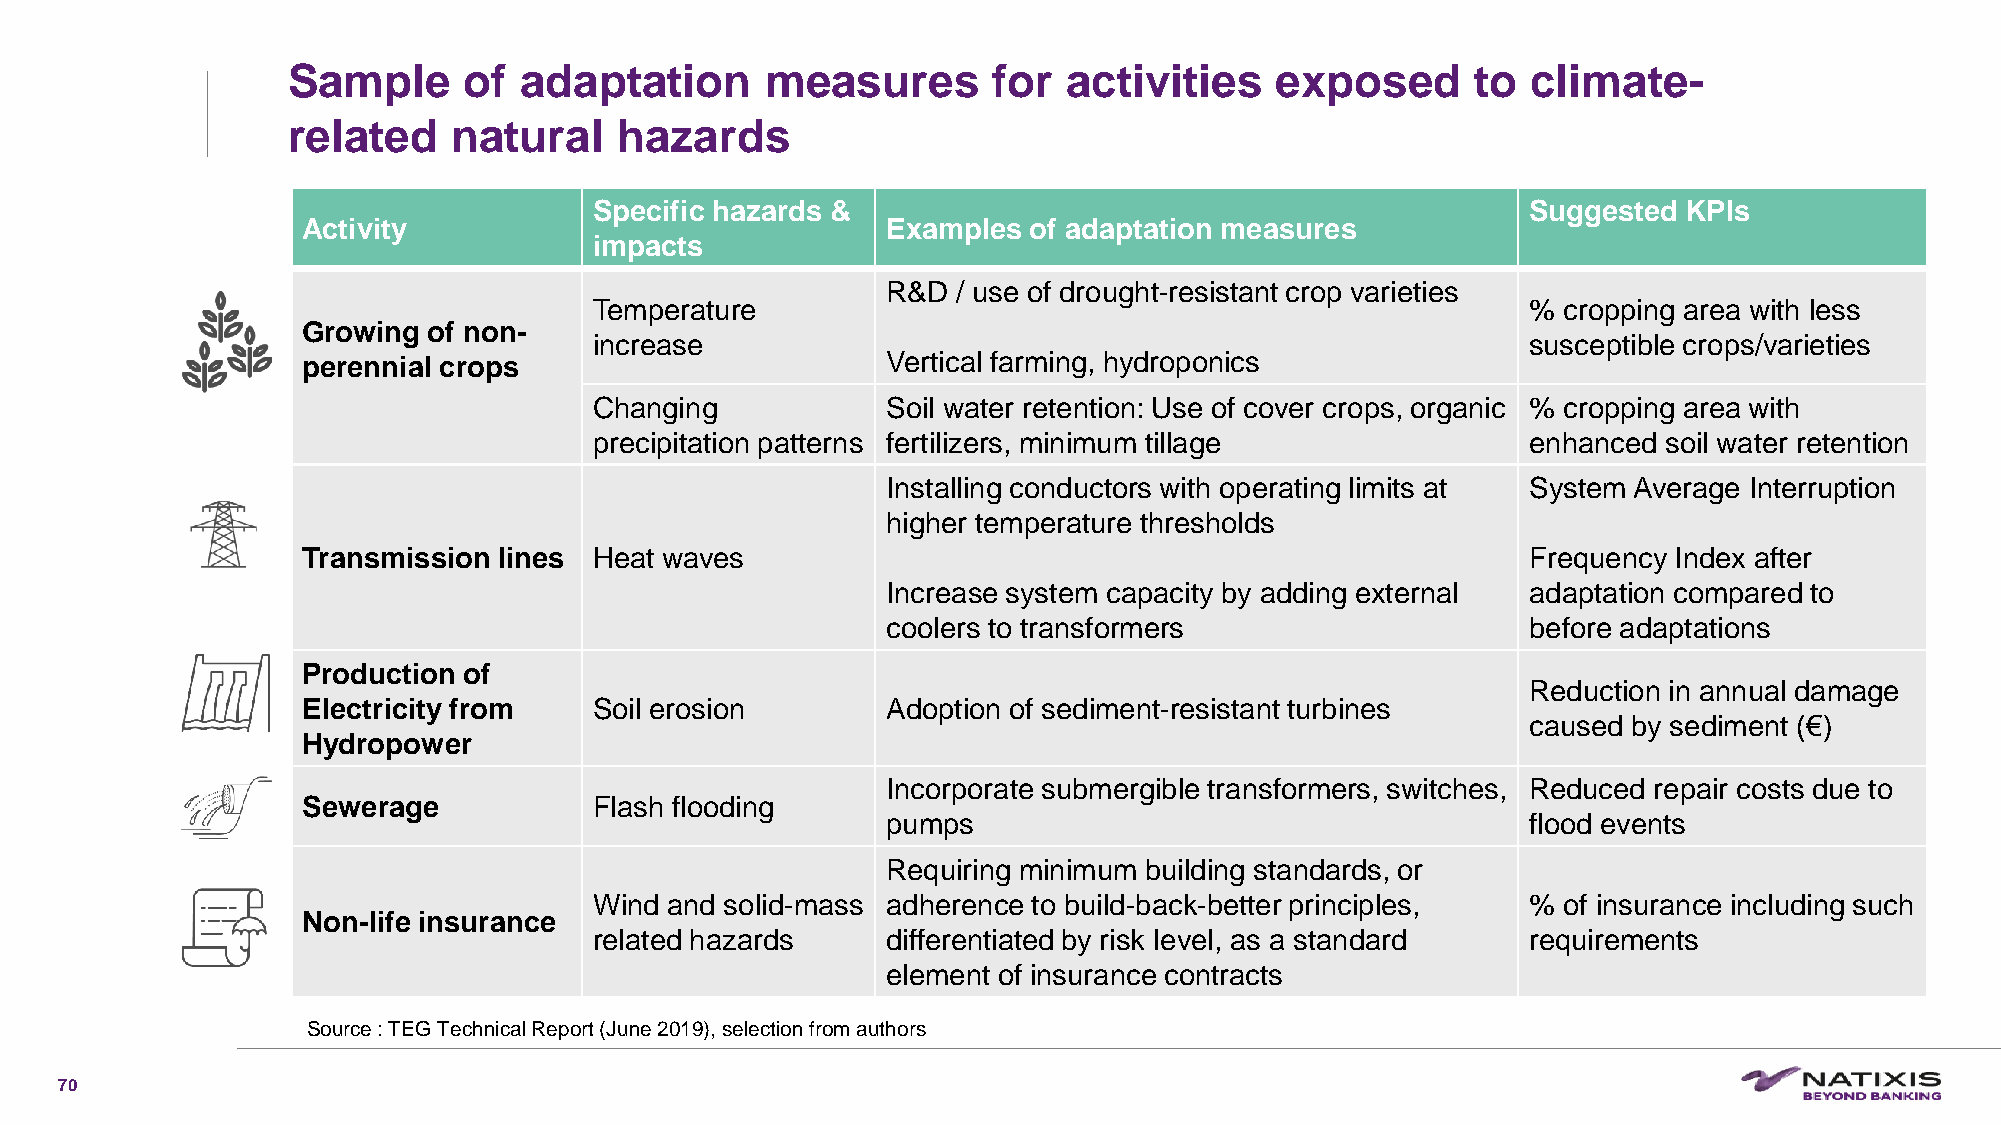
Sample      of adaptation       measures       for  activities   exposed       to climate-
 related    natural    hazards
 Specific hazards &                                            Suggested  KPIs
 Activity                               Examples of adaptation measures
 impacts
 R&D / use of drought-resistant crop varieties
 Temperature                                                   % cropping area with less
 Growing of non-
 increase                                                      susceptible crops/varieties
 perennial crops                        Vertical farming, hydroponics
 Changing            Soil water retention: Use of cover crops, organic % cropping area with
 precipitation patterns fertilizers, minimum tillage           enhanced soil water retention
 Installing conductors with operating limits at System Average Interruption
 higher temperature thresholds
 Transmission lines Heat waves                                                    Frequency Index after
 Increase system capacity by adding external adaptation compared to
 coolers to transformers                   before adaptations
 Production of
 Reduction in annual damage
 Electricity from   Soil erosion        Adoption of sediment-resistant turbines
 caused by sediment (€)
 Hydropower
 Incorporate submergible transformers, switches, Reduced repair costs due to
 Sewerage           Flash flooding
 pumps                                     flood events
 Requiring minimum building standards, or
 Wind and solid-mass adherence to build-back-better principles, % of insurance including such
 Non-life insurance
 related hazards     differentiated by risk level, as a standard requirements
 element of insurance contracts
 Source : TEG Technical Report (June 2019), selection from authors
 70
 C1-PublicNat